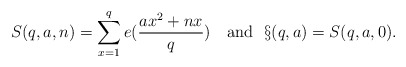
\begin{align*}S(q,a,n)=\sum_{x=1}^qe(\frac{ax^2+nx}{q})\ \ \textrm{ and }\ \S(q,a)=S(q,a,0).\end{align*}